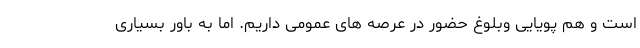
است و هم پویایی وبلوغ حضور در عرصه های عمومی داریم. اما به باور بسیاری